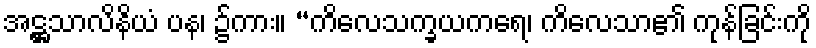
အဋ္ဌသာလိနိယံ ပန၊ ၌ကား။ “ကိလေသက္ခယကရေ၊ ကိလေသာ၏ ကုန်ခြင်းကို